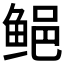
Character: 𱇰